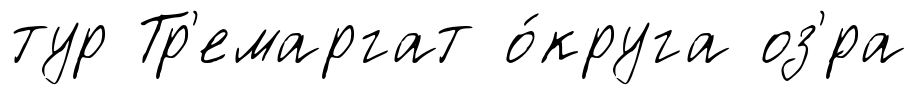
тур Тр'емаргат о́круга оз'́ра